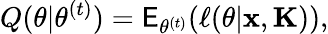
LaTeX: Q(\theta|\theta^{(t)})=\mathsf E_{\theta^{(t)}}(\ell(\theta|\mathbf x,\mathbf K)),